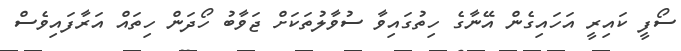
ސޯފީ ކައިރީ އަހަައިގެން އޭނާގެ ހިތުގައިވާ ސުވާލުތަކަށް ޖަވާބު ހޯދަން ހިތައް އަރާފައިވެސް